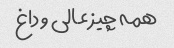
همه چیز عالی و داغ